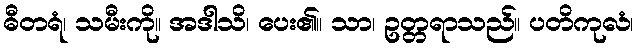
ဓီတရံ၊ သမီးကို။ အဒါသိ၊ ပေး၏။ သာ၊ ဥတ္တရာသည်။ ပတိကုလံ၊